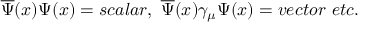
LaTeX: \overline { { { \Psi } } } ( x ) \Psi ( x ) = s c a l a r , \, \, \overline { { { \Psi } } } ( x ) \gamma _ { \mu } \Psi ( x ) = v e c t o r \, \, e t c .